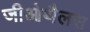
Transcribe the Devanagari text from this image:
जीओथैलस